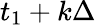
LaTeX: t_{1}+k\Delta